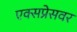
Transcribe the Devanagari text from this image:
एक्सप्रेसवर